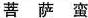
菩萨蛮